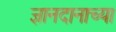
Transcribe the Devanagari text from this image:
ज्ञानदानाच्या